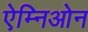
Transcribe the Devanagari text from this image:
ऐम्निओन